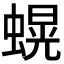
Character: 𮔫